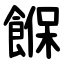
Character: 䭋